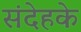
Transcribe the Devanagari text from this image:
संदेहके